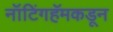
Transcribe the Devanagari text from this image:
नॉटिंगहॅमकडून